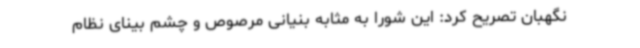
نگهبان تصریح کرد: این شورا به مثابه بنیانی مرصوص و چشم بینای نظام